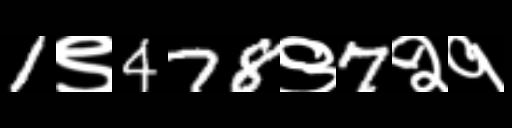
Text: 1९478९7२१